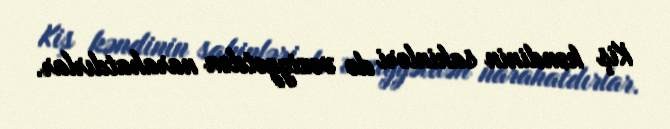
Kiş kəndinin sakinləri də vəziyyətdən narahatdırlar.